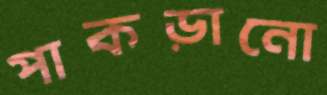
পাকড়ানো